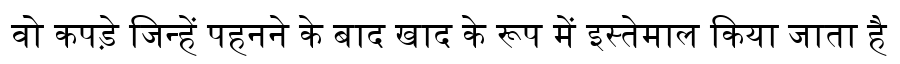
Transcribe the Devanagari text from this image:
वो कपड़े जिन्हें पहनने के बाद खाद के रूप में इस्तेमाल किया जाता है